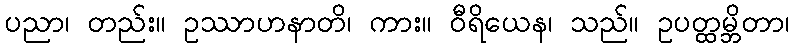
ပညာ၊ တည်း။ ဥဿာဟနာတိ၊ ကား။ ဝီရိယေန၊ သည်။ ဥပတ္ထမ္ဘိတာ၊